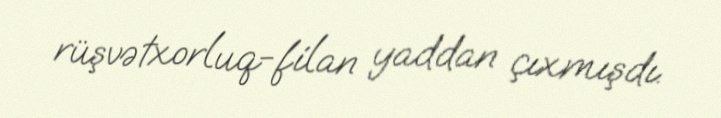
rüşvətxorluq-filan yaddan çıxmışdı.